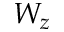
W _ { z }